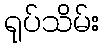
ရုပ်သိမ်း